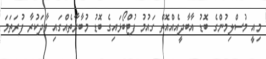
މިއީ މުސްލިމުންގެ ބޮޑު އާބާދީއެއްއޮތް ގައުމު ފުޓްބޯޅައިގެ ބޮޑު މުބާރާތެއްގައި ވާދަކުރާ ފުރަތަމަ